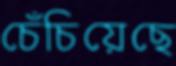
চেঁচিয়েছে